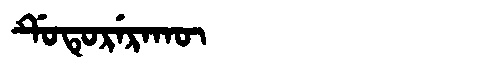
Manchu: ᡩᡠᡨᡠᡵᡝᡵᠠᡴᡡ
Romanization: DUTURERAKŪ